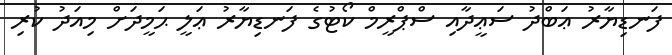
ފަނޑިޔާރު ޢަބްދު ސަޢީދާއި ސްޕްރީމް ކޯޓުގެ ފަނޑިޔާރު ޢަލީ ޙަމީދަށް މިއަދު ކުރި